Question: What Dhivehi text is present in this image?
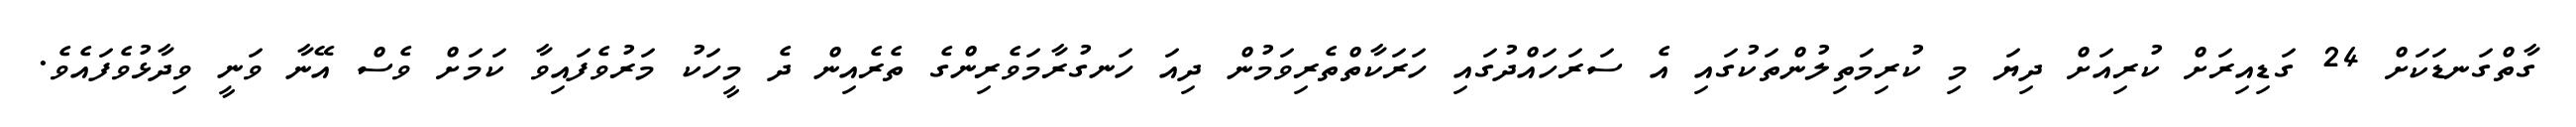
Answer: ގާތްގަނޑަކަށް 24 ގަޑިއިރަށް ކުރިއަށް ދިޔަ މި ކުރިމަތިލުންތަކުގައި އެ ސަރަހައްދުގައި ހަރަކާތްތެރިވަމުން ދިއަ ހަނގުރާމަވެރިންގެ ތެރެއިން ދެ މީހަކު މަރުވެފައިވާ ކަމަށް ވެސް އޭނާ ވަނީ ވިދާޅުވެފައެވެ.